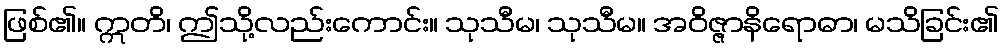
ဖြစ်၏။ ဣတိ၊ ဤသို့လည်းကောင်း။ သုသီမ၊ သုသီမ။ အဝိဇ္ဇာနိရောဓာ၊ မသိခြင်း၏